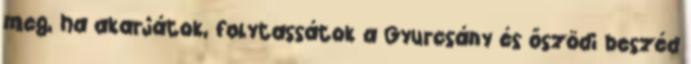
meg, ha akarjátok, folytassátok a Gyurcsány és őszödi beszéd